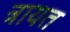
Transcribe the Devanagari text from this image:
त्रायत